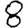
Digit: 8